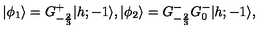
\vert \phi _ { 1 } \rangle = G _ { - { \frac { 2 } { 3 } } } ^ { + } \vert { h ; - 1 } \rangle { } , { } { } { } \vert \phi _ { 2 } \rangle = G _ { - { \frac { 2 } { 3 } } } ^ { - } G _ { 0 } ^ { - } \vert { h ; - 1 } \rangle { } ,